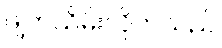
ဖျက်သိမ်းလိုက်သည်